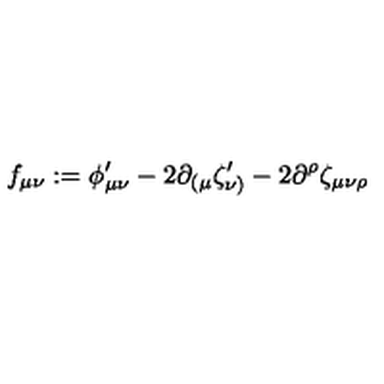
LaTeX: f _ { \mu \nu } : = \phi _ { \mu \nu } ^ { \prime } - 2 \partial _ { ( \mu } \zeta _ { \nu ) } ^ { \prime } - 2 \partial ^ { \rho } \zeta _ { \mu \nu \rho }